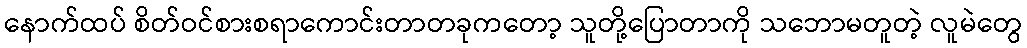
နောက်ထပ် စိတ်ဝင်စားစရာကောင်းတာတခုကတော့ သူတို့ပြောတာကို သဘောမတူတဲ့ လူမဲတွေ